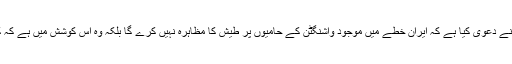
رپورٹ کے مطابق دوسرے تجزیہ کاروں نے دعویٰ کیا ہے کہ ایران خطے میں موجود واشنگٹن کے حامیوں پر طیش کا مظاہرہ نہیں کرے گا بلکہ وہ اس کوشش میں ہے کہ کسی طرح وہ امریکی حمایت ترک کر دیں۔